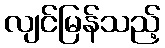
လျင်မြန်သည့်